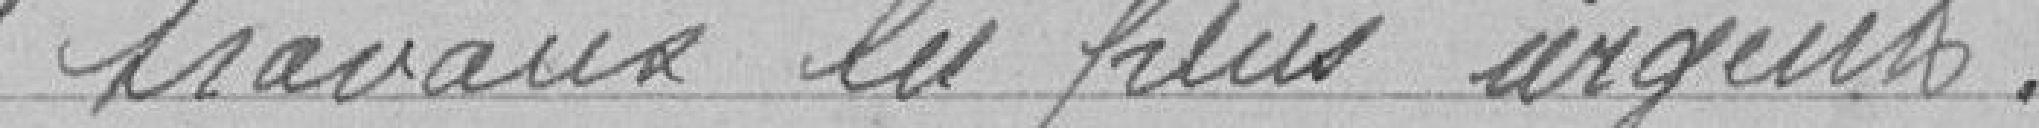
travaux les plus urgents.